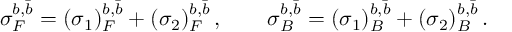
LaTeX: \sigma _ { F } ^ { b , \bar { b } } = ( \sigma _ { 1 } ) _ { F } ^ { b , \bar { b } } + ( \sigma _ { 2 } ) _ { F } ^ { b , \bar { b } } \, , \qquad \sigma _ { B } ^ { b , \bar { b } } = ( \sigma _ { 1 } ) _ { B } ^ { b , \bar { b } } + ( \sigma _ { 2 } ) _ { B } ^ { b , \bar { b } } \, .